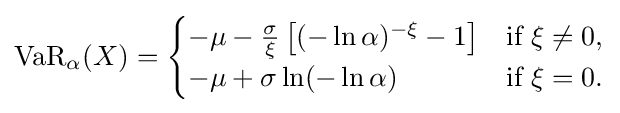
\operatorname {VaR} _{\alpha }(X)={\begin{cases}-\mu -{\frac {\sigma }{\xi }}\left[(-\ln \alpha )^{-\xi }-1\right]&{\text{if }}\xi \neq 0,\\-\mu +\sigma \ln(-\ln \alpha )&{\text{if }}\xi =0.\end{cases}}